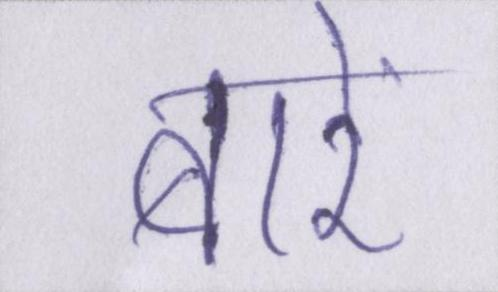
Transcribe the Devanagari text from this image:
बारें